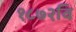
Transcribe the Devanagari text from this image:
१८७२वि